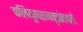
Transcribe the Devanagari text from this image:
कलियुगराजवृत्तांतवले